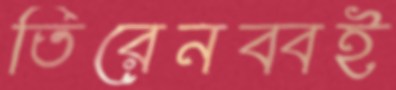
তিরেনব্বই